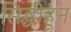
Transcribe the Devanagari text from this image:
सिद्धीहून